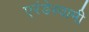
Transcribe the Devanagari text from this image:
एरंडेस्वामी